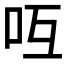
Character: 𠯞